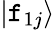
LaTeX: |\mathtt{f}_{1j}\rangle